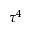
\tau ^ { 4 }